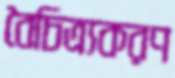
বৈচিত্র্যকরণ